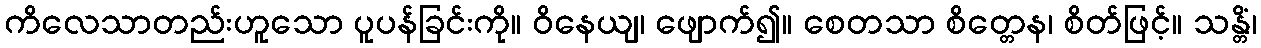
ကိလေသာတည်းဟူသော ပူပန်ခြင်းကို။ ဝိနေယျ၊ ဖျောက်၍။ စေတသာ စိတ္တေန၊ စိတ်ဖြင့်။ သန္တိံ၊